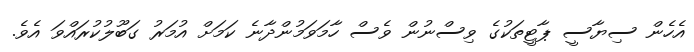
އެހެން ސިޔާސީ ޕާޓީތަކުގެ ވިސްނުން ވެސް ހާމަވަމުންދާނެ ކަމަށް އުމަރު ގަބޫލުކުރައްވަ އެވެ.